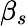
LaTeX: \beta_{s}